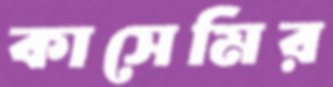
কাসেমির